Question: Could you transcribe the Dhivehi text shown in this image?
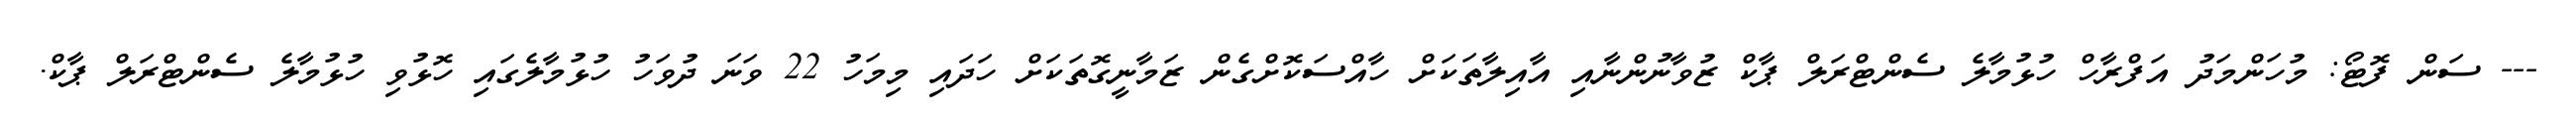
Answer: --- ސަން ފޮޓޯ: މުހަންމަދު އަފްރާހް ހުޅުމާލެ ސެންޓްރަލް ޕާކް ޒުވާނުންނާއި އާއިލާތަކަށް ހާއްސަކޮށްގެން ޒަމާނީގޮތަކަށް ހަދައި މިމަހު 22 ވަނަ ދުވަހު ހުޅުމާލެގައި ހޮޅުވި ހުޅުމާލެ ސެންޓްރަލް ޕާކް.